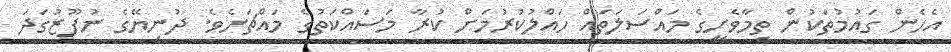
އެހެން ގައުމުތަކުން ތިމާވެށީގެ މައްސަލަތައް ހައްލުކުރުމަށް ކުރާ މަސައްކަތުގެ މައްޗަށެވެ. ދުނިޔޭގެ ނުފޫޒުގަދަ